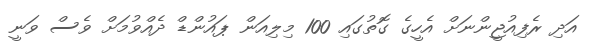
އަދި ރެފިއުޖީންނަށް އެހީގެ ގޮތުގައި 100 މިލިއަން ޕައުންޑް ދެއްވުމަށް ވެސް ވަނީ